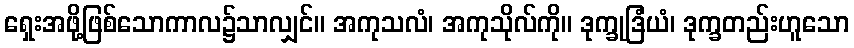
ရှေးအဖို့ဖြစ်သောကာလ၌သာလျှင်။ အကုသလံ၊ အကုသိုလ်ကို။ ဒုက္ခုဒြံယံ၊ ဒုက္ခတည်းဟူသော